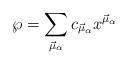
LaTeX: \begin{align*}{\wp} = \sum_{\vec{\mu}_{\alpha}} c_{\vec{\mu}_{\alpha}}x^{\vec{\mu}_{\alpha}}\end{align*}